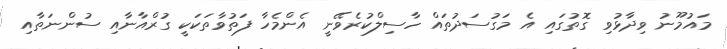
މައުމޫނު ވިދާޅުވި ގޮތުގައި އެ މަގުސަދުތައް ހާސިލްކުރެވޭނީ އެންމެހާ ފަތުވާތަކަކީ ގުރްއާނާއި ސުންނަތާއި